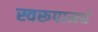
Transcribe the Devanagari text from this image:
स्वरूपामधे